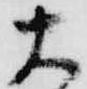
大